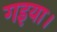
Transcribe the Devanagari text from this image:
गइया।